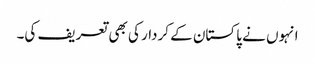
انہوں نے پاکستان کے کردار کی بھی تعریف کی۔